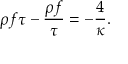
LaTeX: \rho f \tau - { \frac { \rho f } { \tau } } = - { \frac { 4 } { \kappa } } .